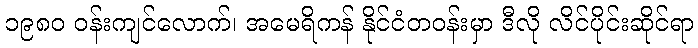
၁၉၈၀ ဝန်းကျင်လောက်၊ အမေရိကန် နိုင်ငံတဝန်းမှာ ဒီလို လိင်ပိုင်းဆိုင်ရာ